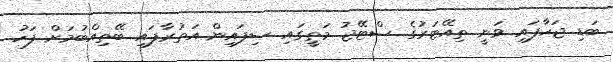
ބަޑި ޖަހާފައި ވަނީ ތިއޭޓަރުގެ ސްޓޭޖު މަތީގައި ސިފައިން އަތުރާފައި ބޭތިއްބުމަށް ފަހު